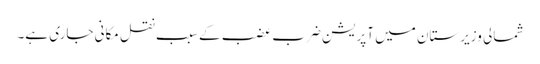
شمالی وزیرستان میں آپریشن ضرب عضب کے سبب نقل مکانی جاری ہے۔